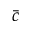
\bar { c }